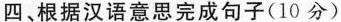
四、根据汉语意思完成句子(10 分)